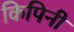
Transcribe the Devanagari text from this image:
किपिनी